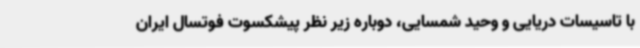
با تاسیسات دریایی و وحید شمسایی، دوباره زیر نظر پیشکسوت فوتسال ایران